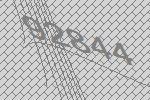
92844